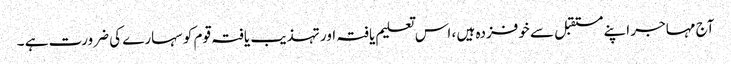
آج مہاجر اپنے مستقبل سے خوفزدہ ہیں ، اس تعلیم یافتہ اور تہذیب یافتہ قوم کو سہارے کی ضرورت ہے ۔